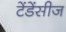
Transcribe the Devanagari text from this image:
टेंडेंसीज